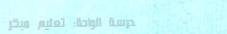
مدرسة الواحة: تعليم مبكر